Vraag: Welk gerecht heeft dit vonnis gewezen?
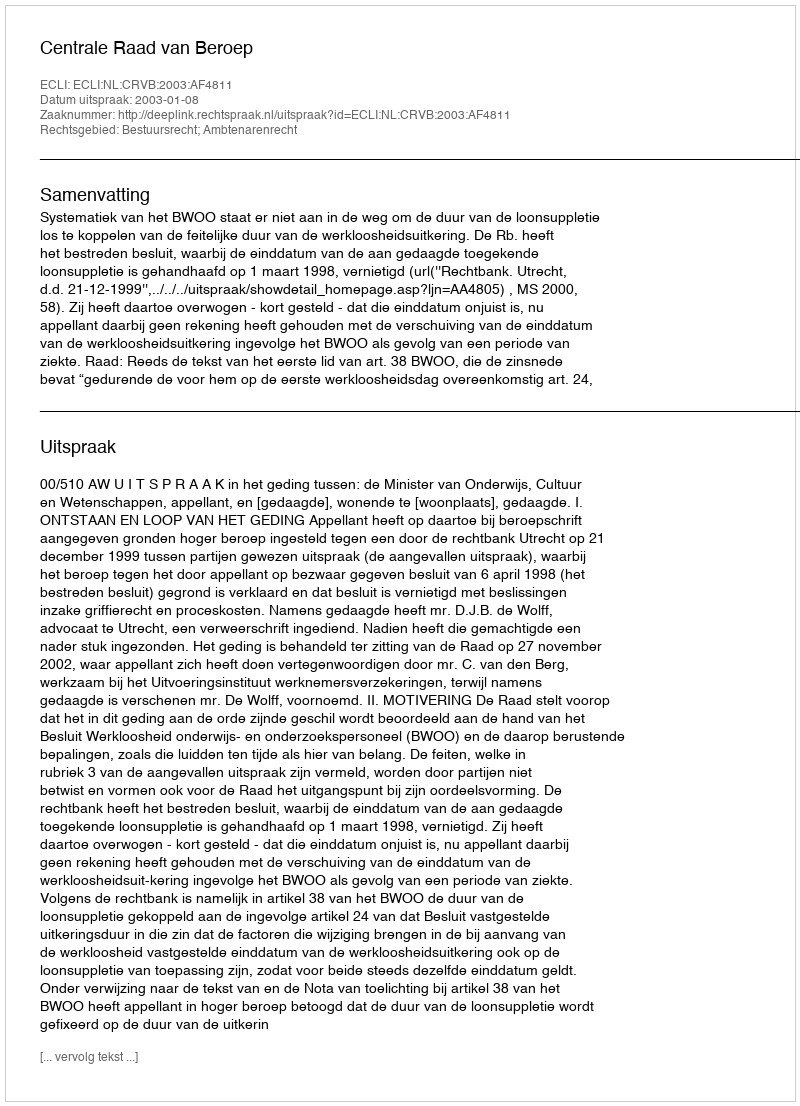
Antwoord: Centrale Raad van Beroep